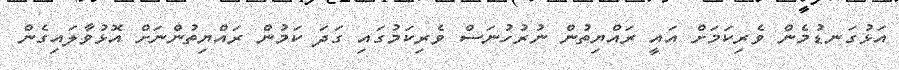
އަޅުގަނޑުމެން ވެރިކަމަށް އައީ ރައްޔިތުން ނުރުހުނަސް ވެރިކަމުގައި ގަދަ ކަމުން ރައްޔިތުންނަށް އޮޅުވާލައިގެން